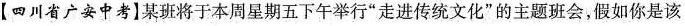
【四川省广安中考]某班将于本周星期五下午举行”走进传统文化”的主题班会，假如你是该